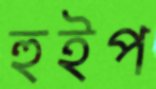
হুইপ